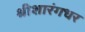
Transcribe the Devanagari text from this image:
श्रीशारंगधर